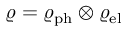
\varrho = \varrho _ { \mathrm { p h } } \otimes \varrho _ { \mathrm { e l } }